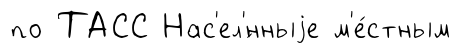
по ТАСС Нас'ел'́нныjе м'е́стным